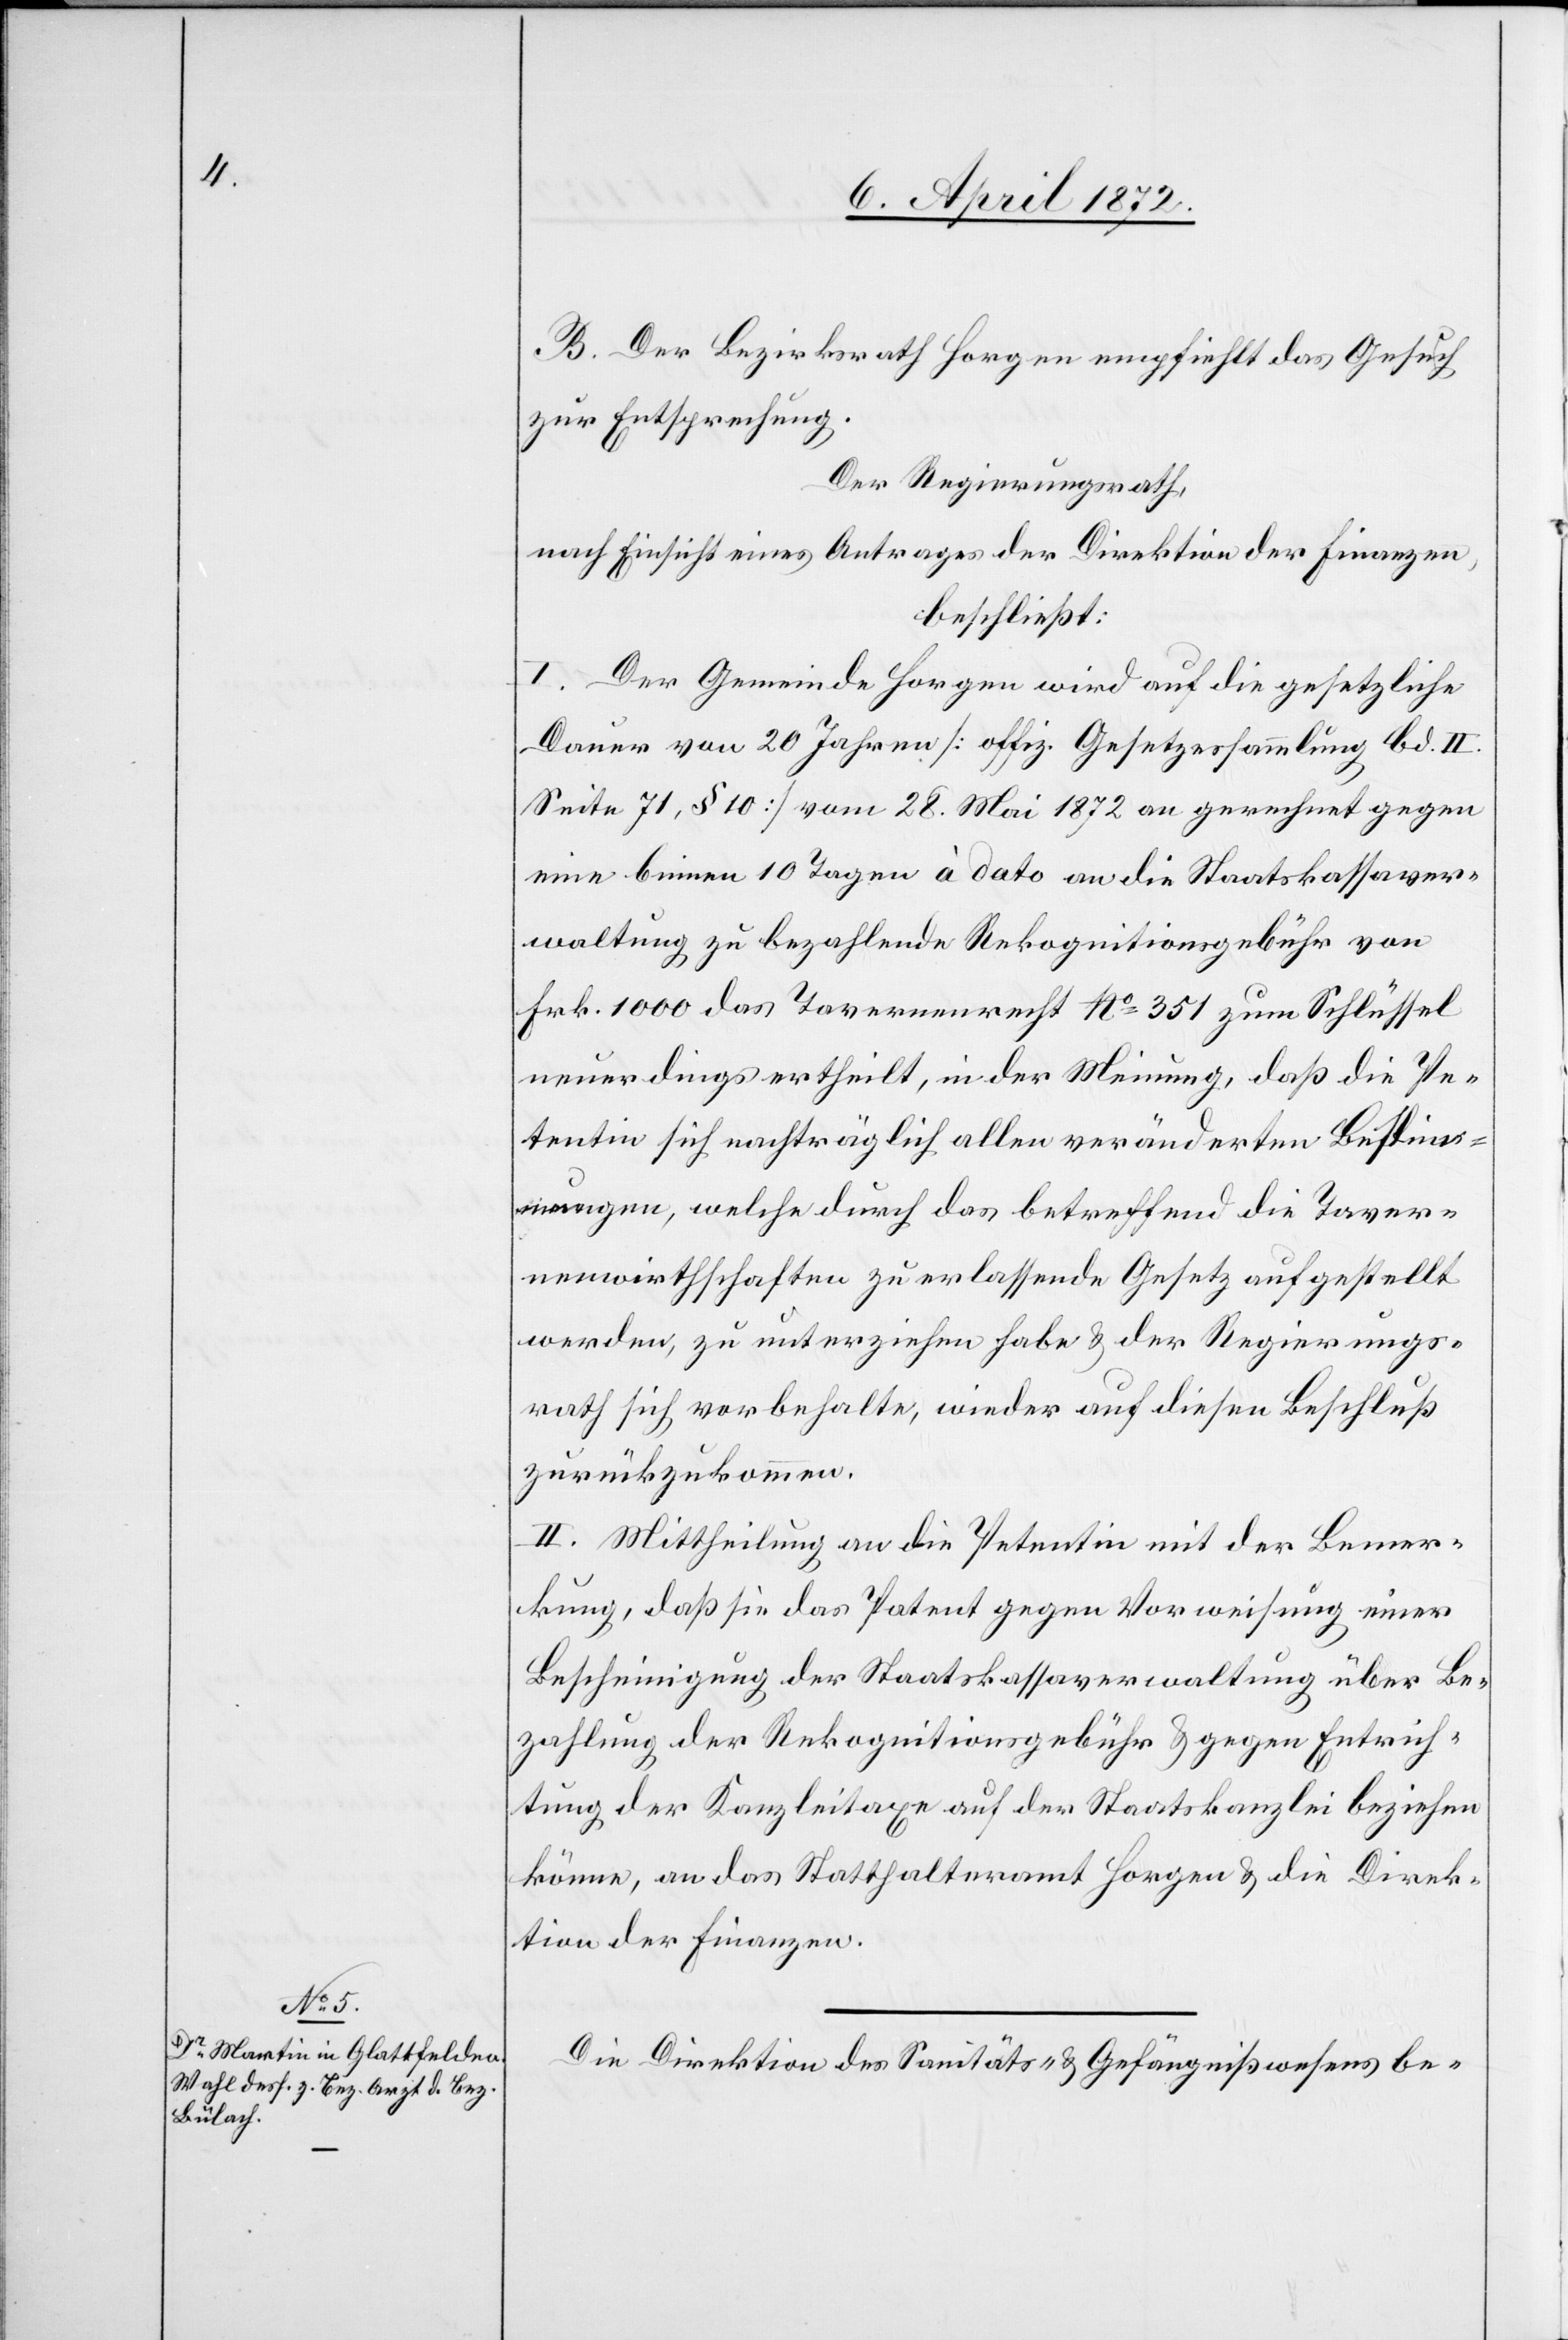
B. Der Bezirksrath Horgen empfiehlt das Gesuch
zur Entsprechung.
Der Regierungsrath,
nach Einsicht eines Antrages der Direktion der Finanzen,
beschließt:
I. Der Gemeinde Horgen wird auf die gesetzliche
Dauer von 20 Jahren [offiz. Gesetzessammlung Bd. II.
Seite 71, § 10] vom 28. Mai 1872 an gerechnet gegen
eine binnen 10 Tagen à dato an die Staatskassaver¬
waltung zu bezahlende Rekognitionsgebühr von
Frk. 1000 das Tavernenrecht No 351 zum Schlüssel
neuerdings ertheilt, in der Meinung, daß die Pe¬
tentin sich nachträglich allen veränderten [?Bestim¬
mungen], welche durch das betreffend die Taver¬
nwirthschaften zu erlassende Gesetz aufgestellt
werden, zu unterziehen habe u. der Regierungs¬
rath sich vorbehalte, wieder auf diesen Beschluß
zurückzukommen.
II. Mittheilung an die Petentin mit der Bemer¬
kung, daß sie das Patent gegen Vorweisung einer
Bescheinigung der Staatskassaverwaltung über Be¬
zahlung der Rekognitionsgebühr u. gegen Entrich¬
tung der Kanzleitaxe auf der Staatskanzlei beziehen
könne, an das Statthalteramt Horgen u. die Direk¬
tion der Finanzen.
Die Direktion des Sanitäts- u. Gefängnißwesens be-